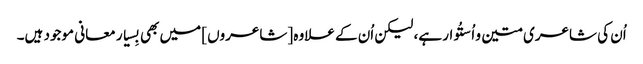
اُن کی شاعری متین و اُستُوار ہے، لیکن اُن کے علاوہ [شاعروں] میں بھی بِسیار معانی موجود ہیں۔